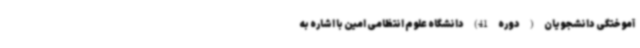
آموختگی دانشجویان ( دوره 41) دانشگاه علوم انتظامی امین با اشاره به